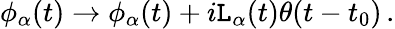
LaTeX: \phi_{\alpha}(t)\to\phi_{\alpha}(t)+i\mathtt{L}_{\alpha}(t)\theta(t-t_{0})\, .